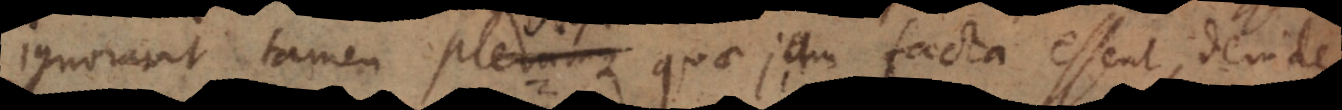
ignoravit tamen plerumque quae jam facta essent, dein